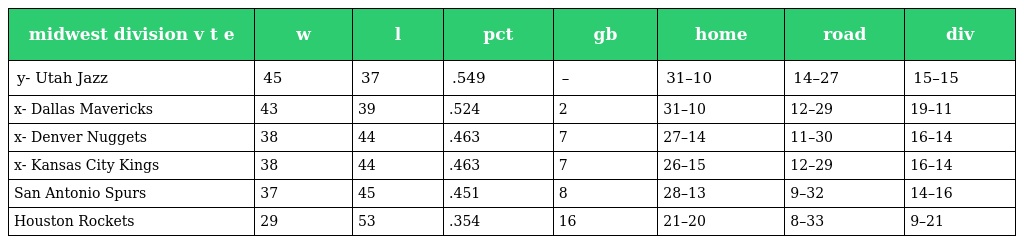
| midwest division v t e | w | l | pct | gb | home | road | div |
 | --- | --- | --- | --- | --- | --- | --- | --- |
 | y- Utah Jazz | 45 | 37 | .549 | – | 31–10 | 14–27 | 15–15 |
 | x- Dallas Mavericks | 43 | 39 | .524 | 2 | 31–10 | 12–29 | 19–11 |
 | x- Denver Nuggets | 38 | 44 | .463 | 7 | 27–14 | 11–30 | 16–14 |
 | x- Kansas City Kings | 38 | 44 | .463 | 7 | 26–15 | 12–29 | 16–14 |
 | San Antonio Spurs | 37 | 45 | .451 | 8 | 28–13 | 9–32 | 14–16 |
 | Houston Rockets | 29 | 53 | .354 | 16 | 21–20 | 8–33 | 9–21 |